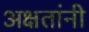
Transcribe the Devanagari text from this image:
अक्षतांनी